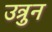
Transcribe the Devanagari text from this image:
उत्रुन